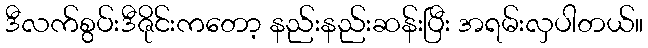
ဒီလက်စွပ်းဒီဇိုင်းကတော့ နည်းနည်းဆန်းပြီး အရမ်းလှပါတယ်။